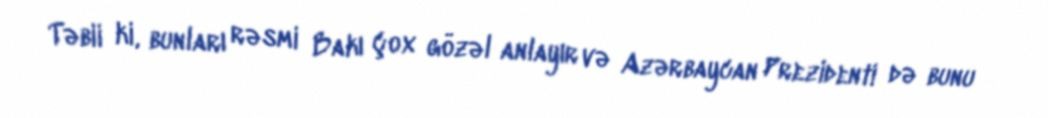
Təbii ki, bunları rəsmi Bakı çox gözəl anlayır və Azərbaycan Prezidenti də bunu